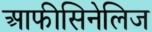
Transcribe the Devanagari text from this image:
आफीसिनेलिज